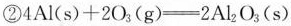
②$$4 A l ( s ) + 2 O_{3} ( g ) = 2 A l _{2} O_{3} (s)